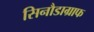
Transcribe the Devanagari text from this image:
सिनौडाग्राफ